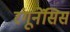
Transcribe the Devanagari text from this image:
रंगूनेंसिस